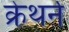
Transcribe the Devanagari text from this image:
क्रेथर्न